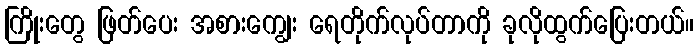
ကြိုးတွေ ဖြတ်ပေး အစားကျွေး ရေတိုက်လုပ်တာကို ခုလိုထွက်ပြေးတယ်။